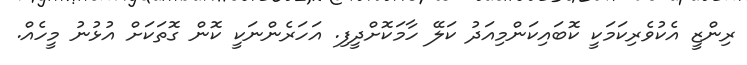
ރިންޒީ އެކުވެރިކަމަކީ ކޮބައިކަންމިއަދު ކަލޭ ހާމަކޮށްދީފި. އަހަރެންނަކީ ކޮން ގޮތަކަށް އުޅުނު މީހެއް.